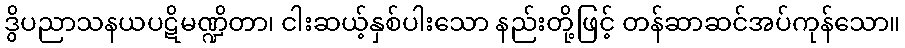
ဒွိပညာသနယပဋိမဏ္ဍိတာ၊ ငါးဆယ့်နှစ်ပါးသော နည်းတို့ဖြင့် တန်ဆာဆင်အပ်ကုန်သော။